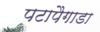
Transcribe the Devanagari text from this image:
पटापैगाडा